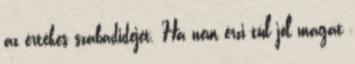
az értékes szabadidejét. Ha nem érzi túl jól magát